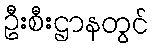
ဦးစီးဌာနတွင်